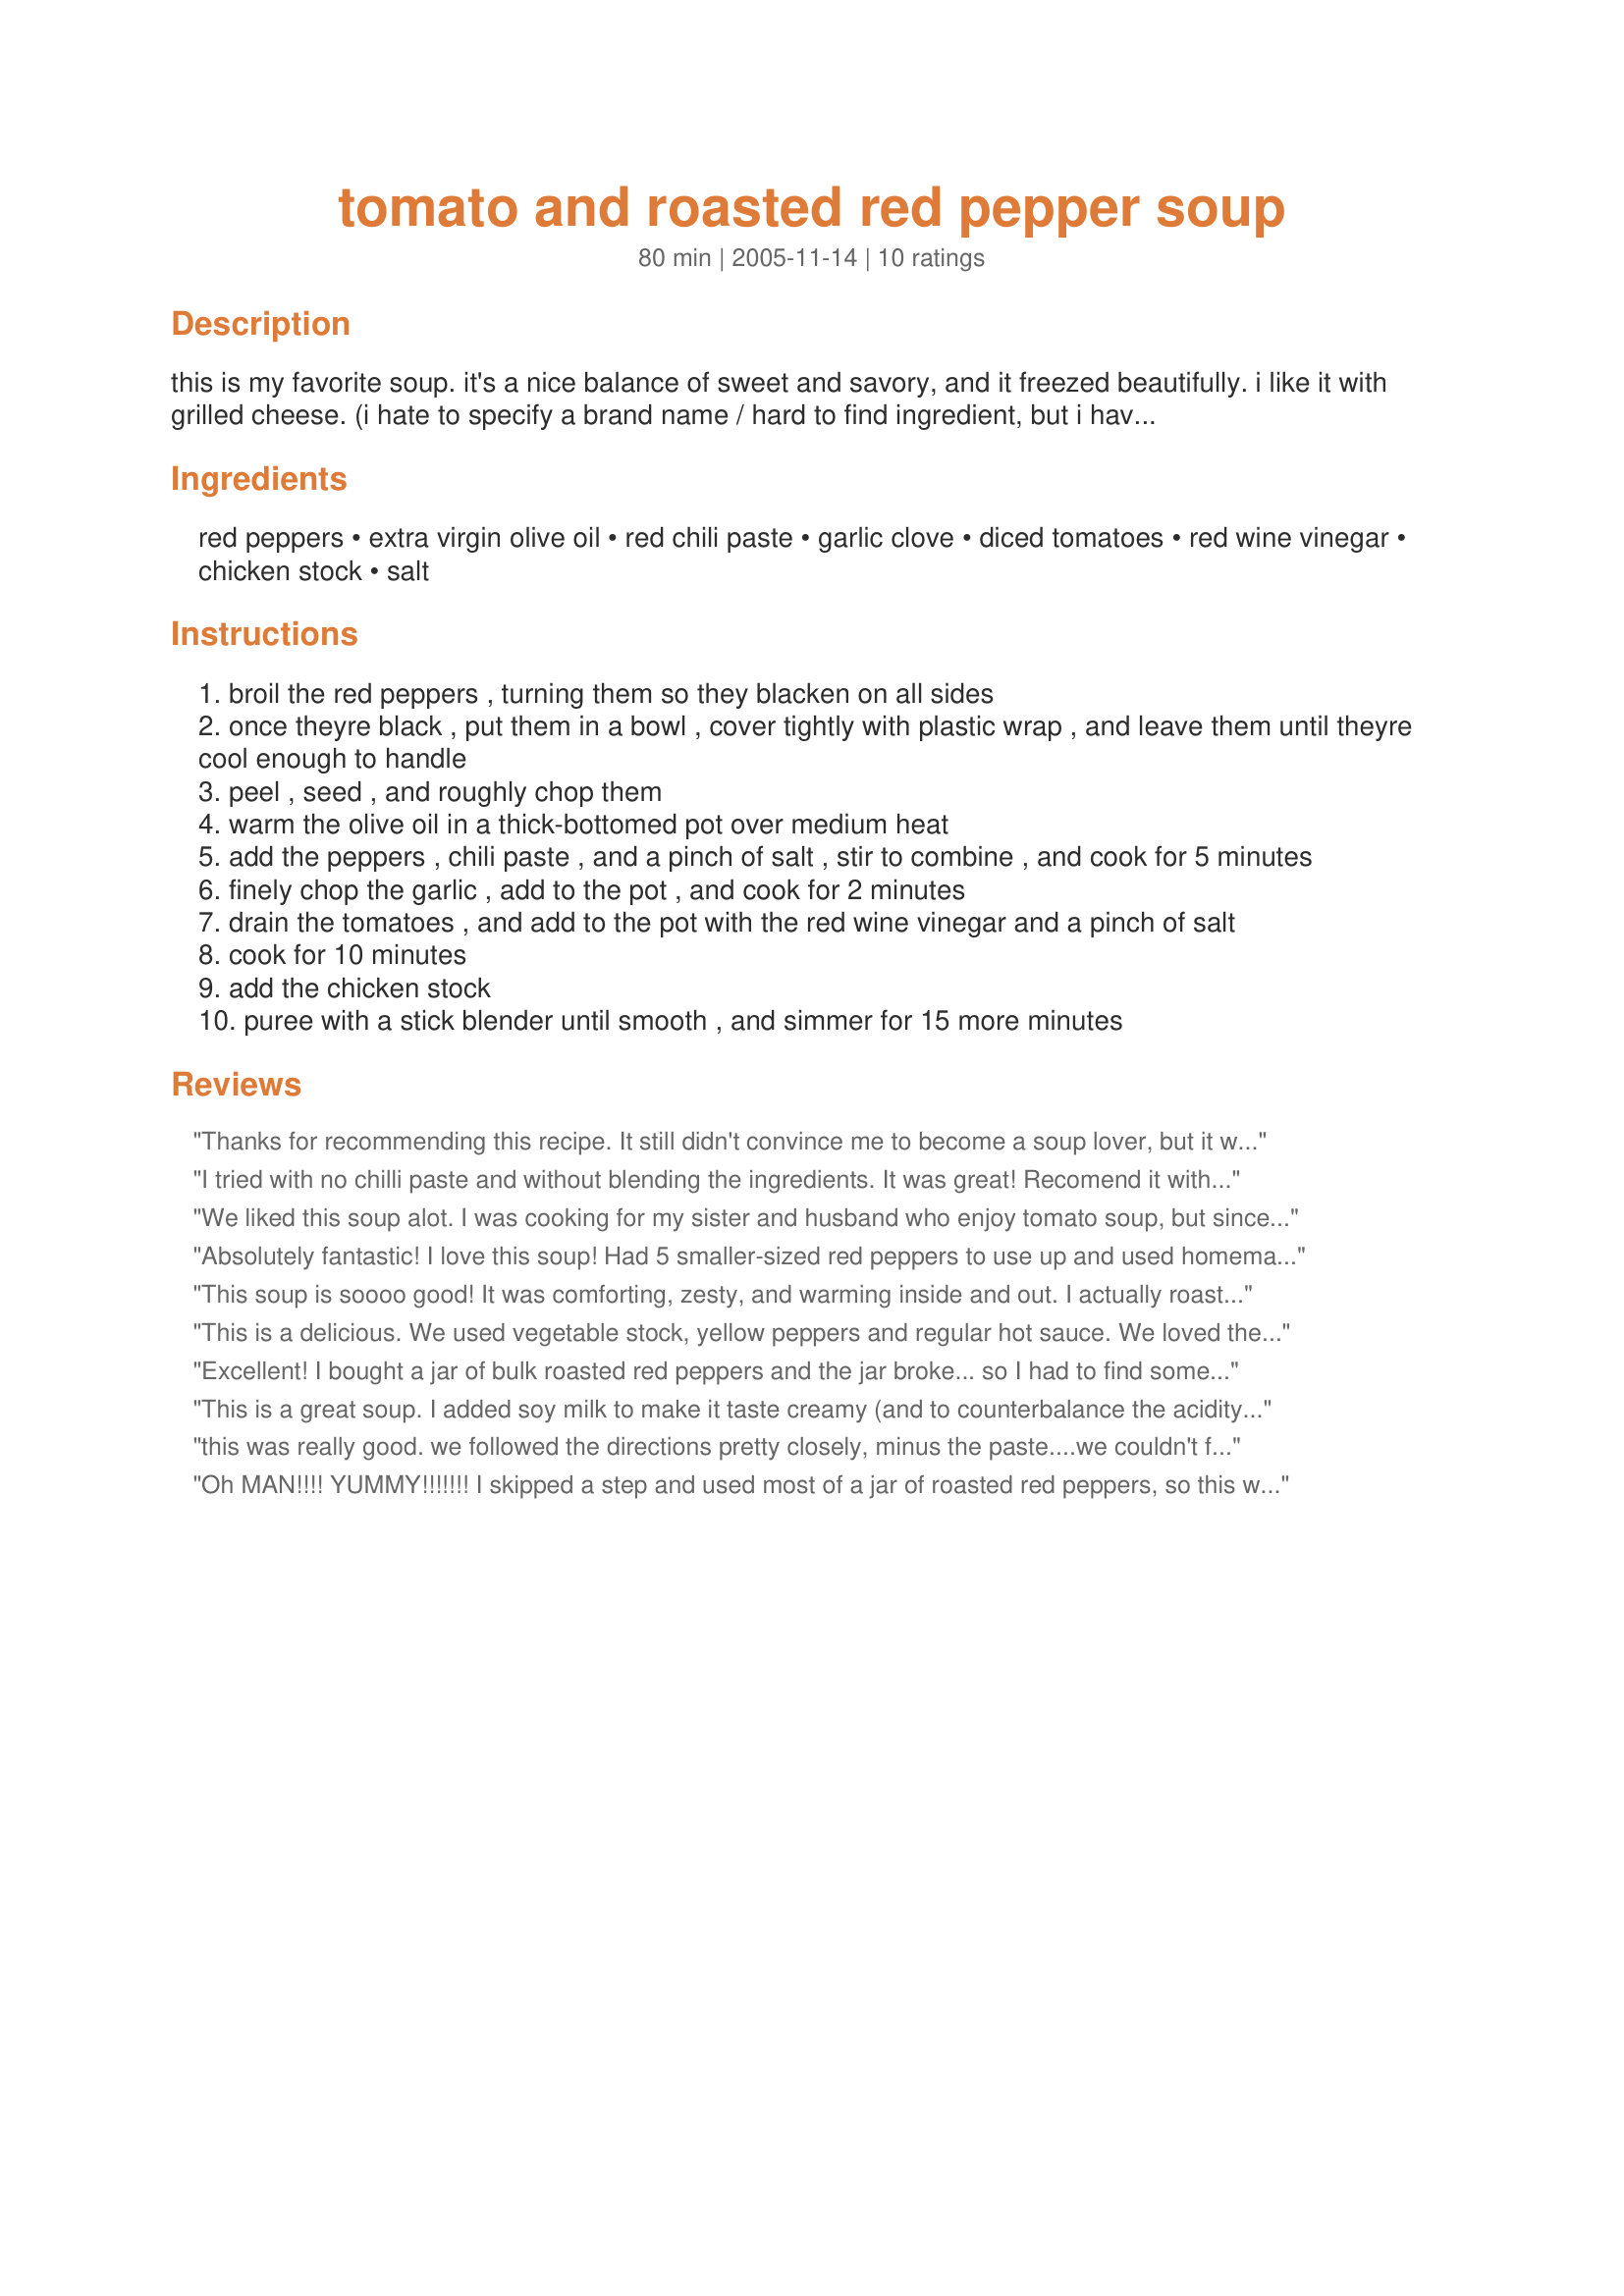
tomato and roasted red pepper soup
Preparation time: 80 minutes

this is my favorite soup. it's a nice balance of sweet and savory, and it freezed beautifully. i like it with grilled cheese.
(i hate to specify a brand name / hard to find ingredient, but i haven't found a good substitute for thai kitchen's roasted red chili paste.)
[this is adapted from the naked chef (jamie oliver).]

Ingredients:
red peppers, extra virgin olive oil, red chili paste, garlic clove, diced tomatoes, red wine vinegar, chicken stock, salt

Steps:
broil the red peppers , turning them so they blacken on all sides
once theyre black , put them in a bowl , cover tightly with plastic wrap , and leave them until theyre cool enough to handle
peel , seed , and roughly chop them
warm the olive oil in a thick-bottomed pot over medium heat
add the peppers , chili paste , and a pinch of salt , stir to combine , and cook for 5 minutes
finely chop the garlic , add to the pot , and cook for 2 minutes
drain the tomatoes , and add to the pot with the red wine vinegar and a pinch of salt
cook for 10 minutes
add the chicken stock
puree with a stick blender until smooth , and simmer for 15 more minutes

Reviews:
Thanks for recommending this recipe. It still didn't convince me to become a soup lover, but it was really good, lol! I served this with Grilled Cheese, Diner Style Recipe #108522. My husband loved the soup and the leftovers are waiting in the freezer for his lunches. Thanks again!
I tried with no chilli paste and without blending the ingredients. It was great! Recomend it with some garlic bread...
We liked this soup alot. I was cooking for my sister and husband who enjoy tomato soup, but since it is not my favorite, I wanted to add something else, and I loved the addition of the roasted red peppers. I alos put in 2-3 cloves garlic, because my sister and I love it. Thanks!
Absolutely fantastic! I love this soup! Had 5 smaller-sized red peppers to use up and used homemade chicken stock from the freezer. Quick and easy to put together but tons of flavor. Gorgeous color, too. Thanks so much for sharing the recipe!
This soup is soooo good! It was comforting, zesty, and warming inside and out. I actually roasted a whole head of garlic and added that to the pot after the peppers. After pureeing the whole batch, I decided to only add 1/2 cup of chicken broth, and we found the consistency to be perfectly to our liking. Thank you so much for sharing!
This is a delicious. We used vegetable stock, yellow peppers and regular hot sauce. We loved the smooth taste.
Excellent! I bought a jar of bulk roasted red peppers and the jar broke... so I had to find some recipes to use them in. I had four different ones picked out, but after trying this soup I scrapped the other recipes and made four batches of it to freeze for later. I used veggie stock instead of chicken to make it vegan, it couldn't have turned out better.
This is a great soup. I added soy milk to make it taste creamy (and to counterbalance the acidity). The soy milk made it taste awesome!!!! (Cream would be even better but I'm watching my cholesterol.)
Next time I will add some pureed carrots. This will be a great base for me to experiment with. Thanks.
this was really good. we followed the directions pretty closely, minus the paste....we couldn't find it and we added a little more garlic.

It was really good. We also ate them with diner grilled cheese. We will make this again, but probably with canned peppers, and we will try and find the paste.

One of chefs at our grocery store asked us to tell him how this turned out, because he is getting bored with the same recipes over, we will DEFINITLY pass this along.
Oh MAN!!!! YUMMY!!!!!!! I skipped a step and used most of a jar of roasted red peppers, so this went together in no time. I only used two cans of tomatoes (one was Italian seasoned) I am absolutely going to have to double the recipe next time. This is just fabulous! I had it for lunch yesterday with some cheese quesedillas and put a couple containers in the freezer, but I have a feeling they won't be there for long! :) Thanks for sharing.
